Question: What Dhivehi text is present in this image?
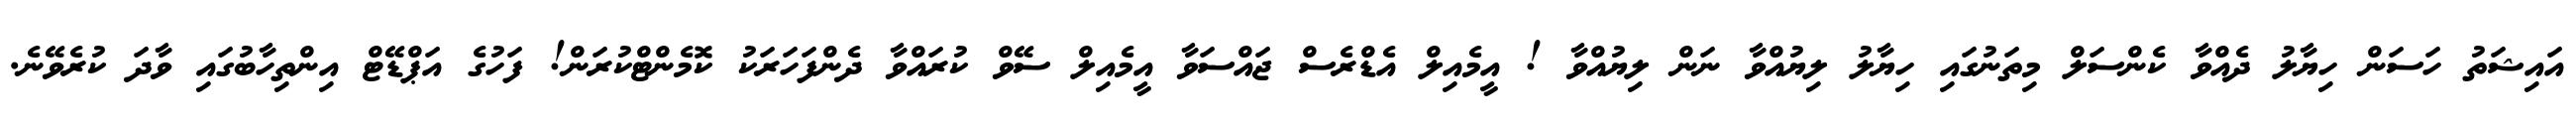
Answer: އައިޝަތު ހަސަން ހިޔާލު ދެއްވާ ކެންސަލް މިތަނުގައި ހިޔާލު ލިޔުއްވާ ނަން ލިޔުއްވާ ! އީމެއިލް އެޑްރެސް ޖައްސަވާ އީމެއިލް ސޭވް ކުރައްވާ ދެންފަހަރަކު ކޮމެންޓްކުރަން! ފަހުގެ އަޕްޑޭޓް އިންތިހާބުގައި ވާދަ ކުރެވޭނެ.